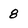
Character: 8